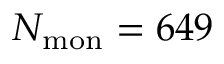
N _ { \mathrm { m o n } } = 6 4 9